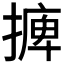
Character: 𢳋